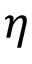
\eta